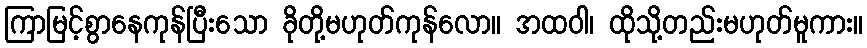
ကြာမြင့်စွာနေကုန်ပြီးသော ခိုတို့မဟုတ်ကုန်လော။ အထဝါ၊ ထိုသို့တည်းမဟုတ်မူကား။